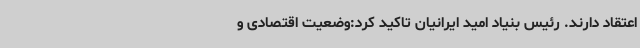
اعتقاد دارند. رئیس بنیاد امید ایرانیان تاکید کرد:وضعیت اقتصادی و